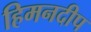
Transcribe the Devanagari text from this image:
हिमनदीप